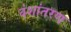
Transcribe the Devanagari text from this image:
वंशांतरण